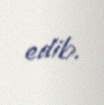
edib.